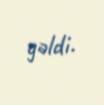
gəldi.